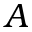
A